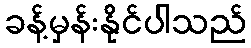
ခန့်မှန်းနိုင်ပါသည်